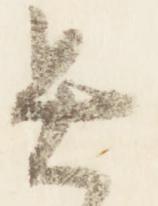
具